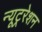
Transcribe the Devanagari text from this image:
न्यूट्ररेशन